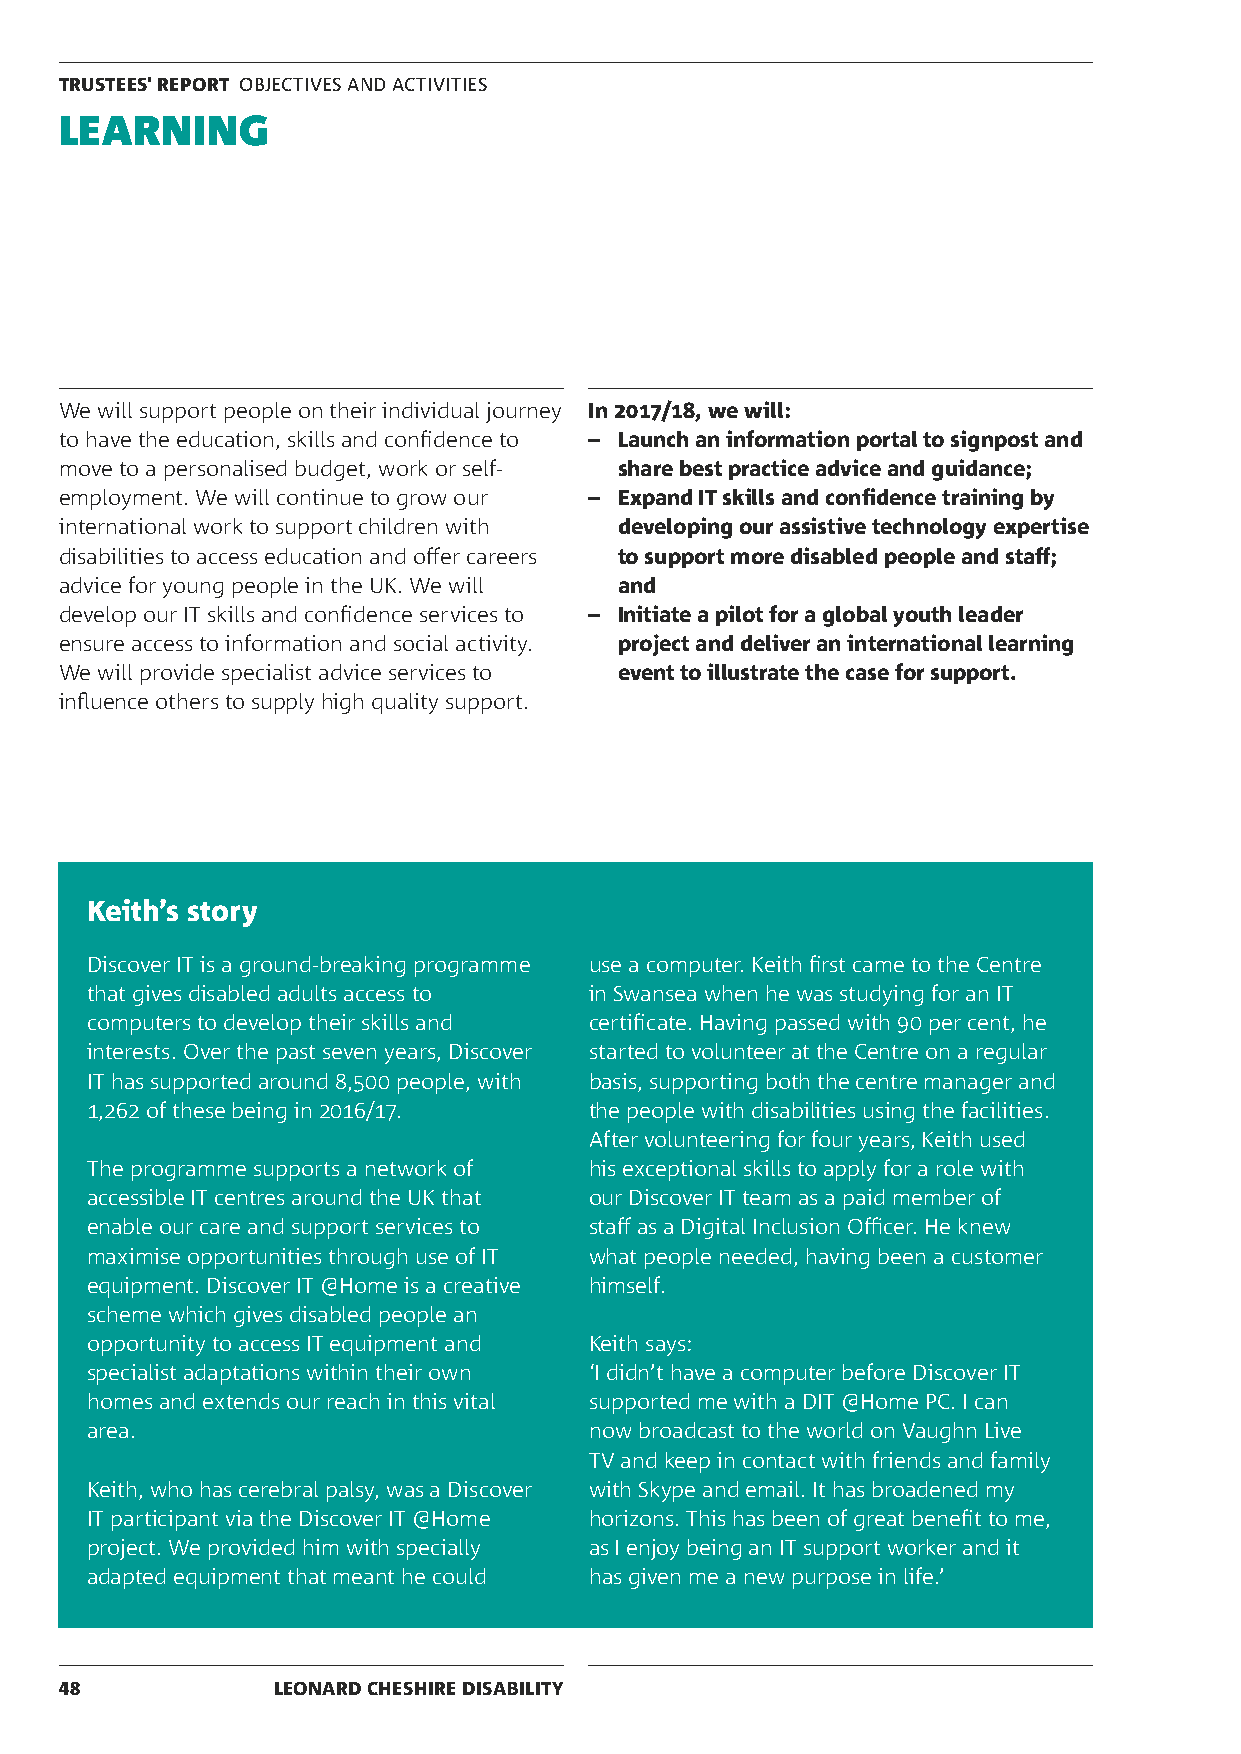
TRUSTEES' REPORT OBJECTIVES AND ACTIVITIES
 LEARNING
 We will support people on their individual journey In 2017/18, we will:
 to have the education, skills and confidence to – Launch an information portal to signpost and
 move to a personalised budget, work or self- share best practice advice and guidance;
 employment. We will continue to grow our – Expand IT skills and confidence training by
 international work to support children with developing our assistive technology expertise
 disabilities to access education and offer careers to support more disabled people and staff;
 advice for young people in the UK. We will and
 develop our IT skills and confidence services to – Initiate a pilot for a global youth leader
 ensure access to information and social activity. project and deliver an international learning
 We will provide specialist advice services to event to illustrate the case for support.
 influence others to supply high quality support.
 Keith’s story
 Discover IT is a ground-breaking programme use a computer. Keith first came to the Centre
 that gives disabled adults access to in Swansea when he was studying for an IT
 computers to develop their skills and certificate. Having passed with 90 per cent, he
 interests. Over the past seven years, Discover started to volunteer at the Centre on a regular
 IT has supported around 8,500 people, with basis, supporting both the centre manager and
 1,262 of these being in 2016/17. the people with disabilities using the facilities.
 After volunteering for four years, Keith used
 The programme supports a network of his exceptional skills to apply for a role with
 accessible IT centres around the UK that our Discover IT team as a paid member of
 enable our care and support services to staff as a Digital Inclusion Officer. He knew
 maximise opportunities through use of IT what people needed, having been a customer
 equipment. Discover IT @Home is a creative himself.
 scheme which gives disabled people an
 opportunity to access IT equipment and Keith says:
 specialist adaptations within their own ‘I didn’t have a computer before Discover IT
 homes and extends our reach in this vital supported me with a DIT @Home PC. I can
 area.                            now broadcast to the world on Vaughn Live
 TV and keep in contact with friends and family
 Keith, who has cerebral palsy, was a Discover with Skype and email. It has broadened my
 IT participant via the Discover IT @Home horizons. This has been of great benefit to me,
 project. We provided him with specially as I enjoy being an IT support worker and it
 adapted equipment that meant he could has given me a new purpose in life.’
 48            LEONARD CHESHIRE DISABILITY